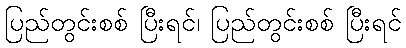
ပြည်တွင်းစစ် ပြီးရင်၊ ပြည်တွင်းစစ် ပြီးရင်